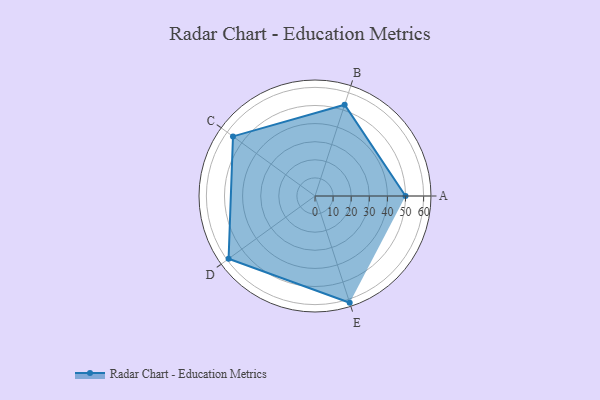
{"axis": {"x": "Skill", "y": "Score"}, "legend": ["Profile"], "data": [{"x": "A", "y": 50.0, "type": "Profile"}, {"x": "B", "y": 53.0, "type": "Profile"}, {"x": "C", "y": 56.0, "type": "Profile"}, {"x": "D", "y": 59.0, "type": "Profile"}, {"x": "E", "y": 62.0, "type": "Profile"}]}